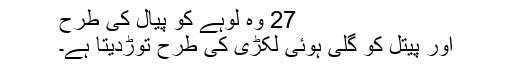
27 وہ لوہے کو پیال کی طرح
اور پیتل کو گلی ہوئی لکڑی کی طرح توڑدیتا ہے۔